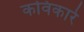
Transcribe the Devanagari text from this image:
कविकारे